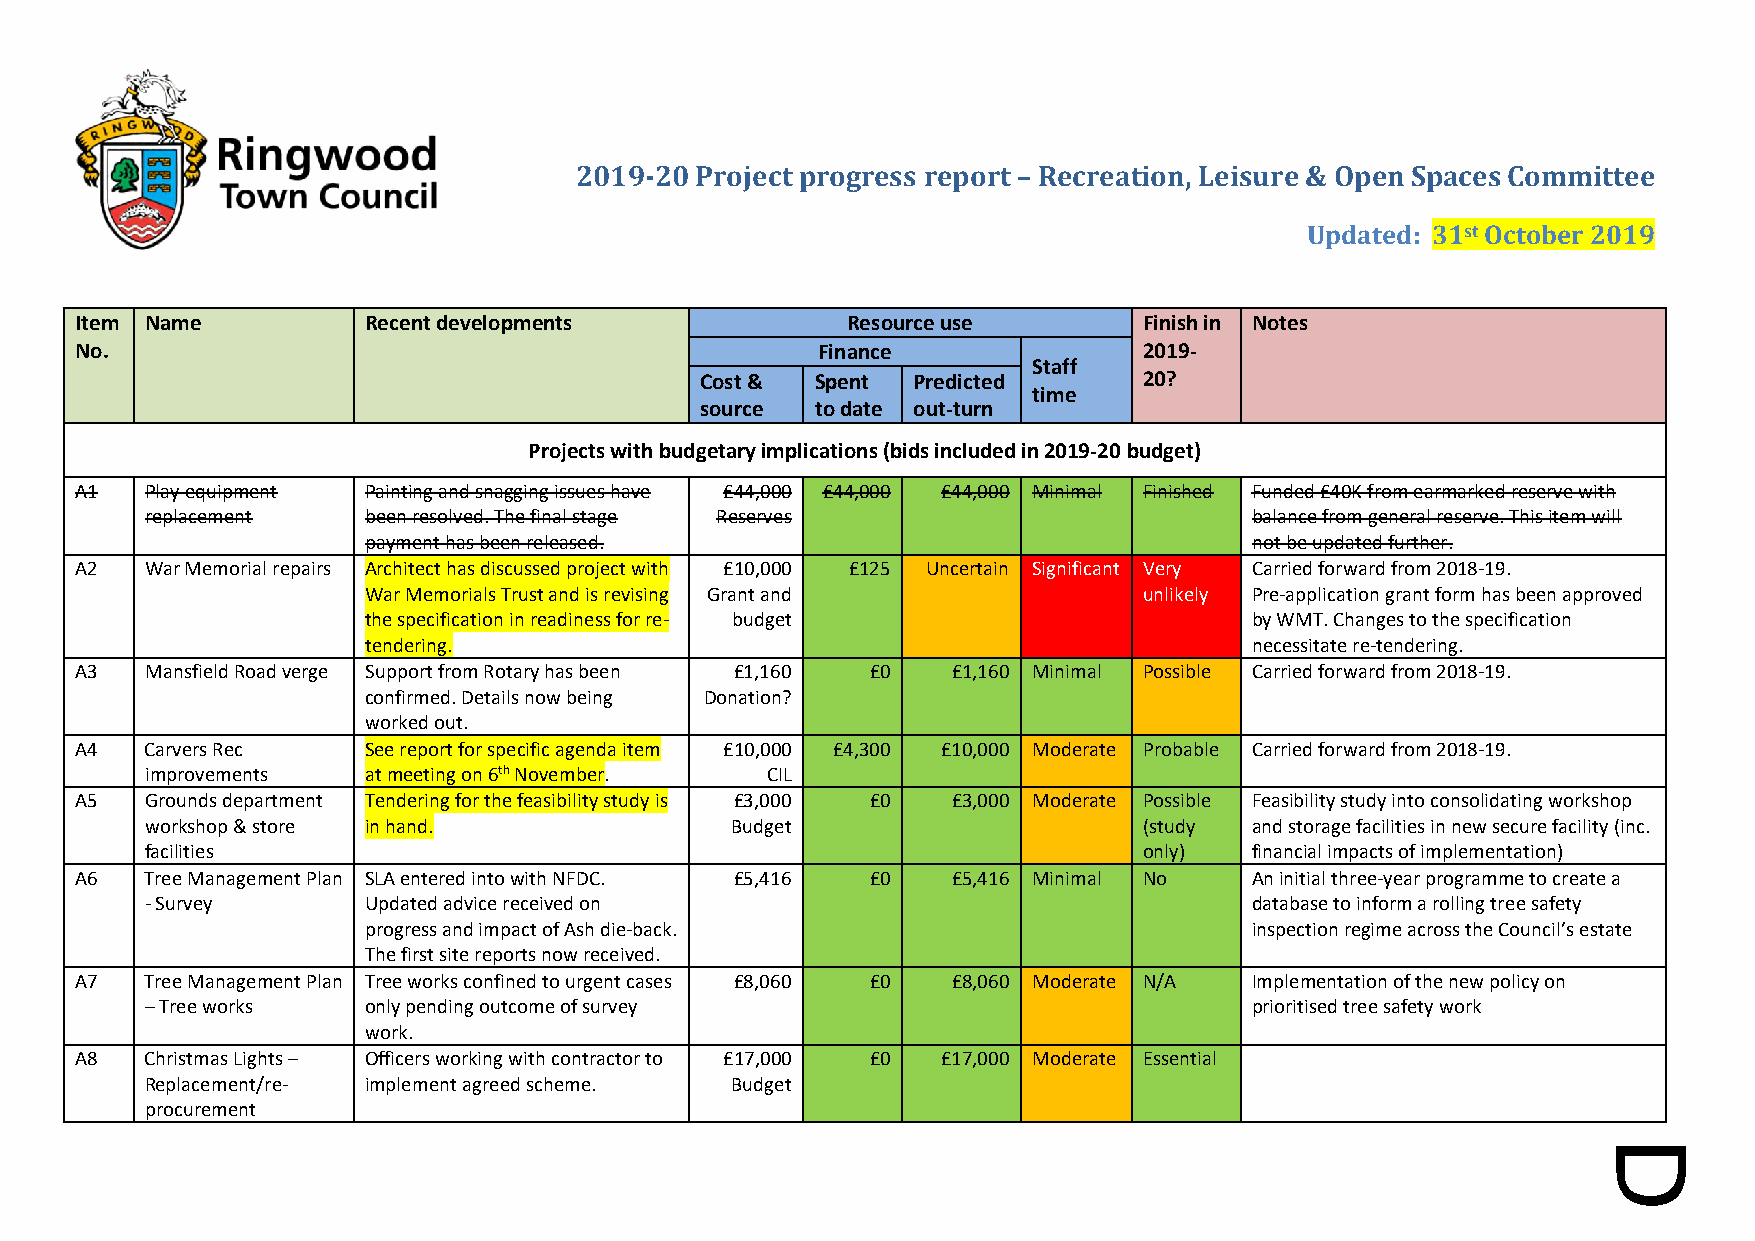
2019-20 Project progress report – Recreation, Leisure & Open Spaces Committee
 Updated: 31st October 2019
 Item Name          Recent developments             Resource use        Finish in Notes
 No.                                              Finance               2019-
 Staff
 Cost &  Spent Predicted       20?
 time
 source  to date out-turn
 Projects with budgetary implications (bids included in 2019-20 budget)
 A1   Play equipment Painting and snagging issues have £44,000 £44,000 £44,000 Minimal Finished Funded £40K from earmarked reserve with
 replacement   been resolved. The final stage Reserves                    balance from general reserve. This item will
 payment has been released.                                 not be updated further.
 A2   War Memorial repairs Architect has discussed project with £10,000 £125 Uncertain Significant Very Carried forward from 2018-19.
 War Memorials Trust and is revising Grant and       unlikely Pre-application grant form has been approved
 the specification in readiness for re- budget              by WMT. Changes to the specification
 tendering.                                                 necessitate re-tendering.
 A3   Mansfield Road verge Support from Rotary has been £1,160 £0 £1,160 Minimal Possible Carried forward from 2018-19.
 confirmed. Details now being Donation?
 worked out.
 A4   Carvers Rec   See report for specific agenda item £10,000 £4,300 £10,000 Moderate Probable Carried forward from 2018-19.
 improvements  at meeting on 6th November. CIL
 A5   Grounds department Tendering for the feasibility study is £3,000 £0 £3,000 Moderate Possible Feasibility study into consolidating workshop
 workshop & store in hand.             Budget                      (study and storage facilities in new secure facility (inc.
 facilities                                                        only)  financial impacts of implementation)
 A6   Tree Management Plan SLA entered into with NFDC. £5,416 £0 £5,416 Minimal No An initial three-year programme to create a
 - Survey      Updated advice received on                                 database to inform a rolling tree safety
 progress and impact of Ash die-back.                       inspection regime across the Council’s estate
 The first site reports now received.
 A7   Tree Management Plan Tree works confined to urgent cases £8,060 £0 £8,060 Moderate N/A Implementation of the new policy on
 – Tree works  only pending outcome of survey                             prioritised tree safety work
 work.
 A8   Christmas Lights – Officers working with contractor to £17,000 £0 £17,000 Moderate Essential
 Replacement/re- implement agreed scheme. Budget
 procurement